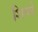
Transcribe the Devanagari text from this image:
शिप्ले